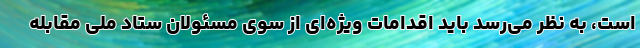
است، به نظر می‌رسد باید اقدامات ویژه‌ای از سوی مسئولان ستاد ملی مقابله